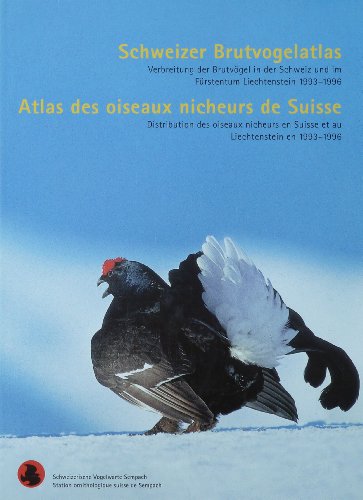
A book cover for Schweizer Brutvogelatlas: Verbreitung der Brutvogel in der Schweiz und im Furstentum Liechtenstein 1993-1996 = Atlas des oiseaux nicheurs de Suisse ... Liechtenstein en 1993-1996 (German Edition); Travel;